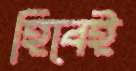
হিবেই